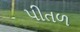
પીતળ